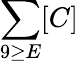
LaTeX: \sum\limits_{9\geq E}[C]